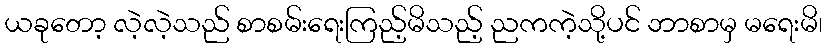
ယခုတော့ လဲ့လဲ့သည် စာစမ်းရေးကြည့်မိသည့် ညကကဲ့သို့ပင် ဘာစာမှ မရေးမိ၊